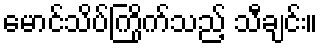
မောင်သိပ်ကြိုက်သည့် သီချင်း။